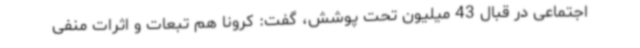
اجتماعی در قبال 43 میلیون تحت پوشش، گفت: کرونا هم تبعات و اثرات منفی